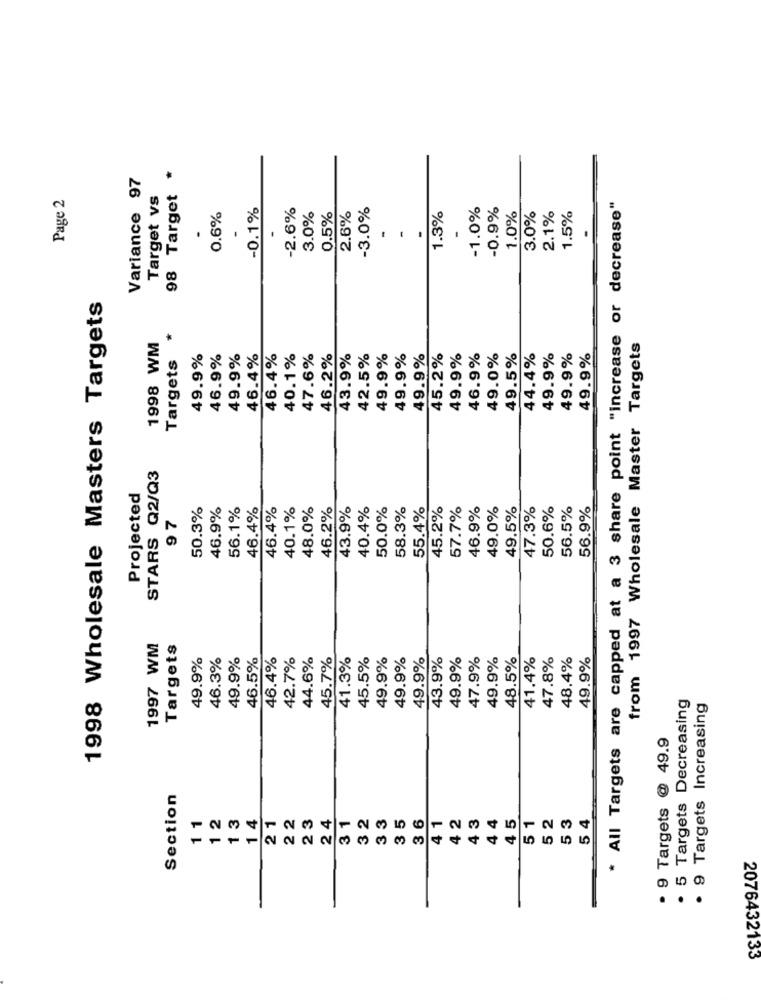
Variance 97
98 Target *
Page 2
Target vs
-0.1%
-2.6%
-3.0%
-1.0%
-0.9%
1.5%
* All Targets are capped at a 3 share point "increase or decrease"
0.6%
3.0%
0.5%
2.6%
1.3%
1.0%
3.0%
2.1%
-
.
1998 Wholesale Masters Targets
1998 WM
from 1997 Wholesale Master Targets
Targets
49.9%
46.9%
49.9%
46.4%
46.4%
40.1%
47.6%
46.2%
43.9%
42.5%
49.9%
49.9%
49.9%
45.2%
49.9%
46.9%
49.0%
49.5%
44.4%
49.9%
49.9%
49.9%
STARS Q2/Q3
Projected
50.3%
46.9%
56.1%
46.4%
46.4%
40.1%
48.0%
46.2%
43.9%
40.4%
50.0%
58.3%
55.4%
45.2%
57.7%
46.9%
49.0%
49.5%
47.3%
50.6%
56.5%
56.9%
97
1997 WM
Targets
49.9%
46.3%
49.9%
46.5%
46.4%
42.7%
44.6%
45.7%
41.3%
45.5%
49.9%
49.9%
49.9%
43.9%
49.9%
47.9%
49.9%
48.5%
41.4%
47.8%
48.4%
49.9%
5 Targets Decreasing
. 9 Targets Increasing
. 9 Targets @ 49.9
Section
1 1
1 2
13
1 4
21
22
23
24
31
32
33
35
3 6
4 2
4 3
44
4 5
52
53
54
41
51
2076432133